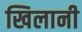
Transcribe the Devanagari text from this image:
खिलानी